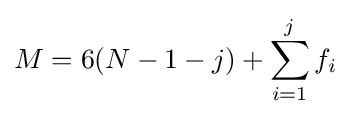
M=6(N-1-j)+\sum _{i=1}^{j}f_{i}